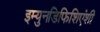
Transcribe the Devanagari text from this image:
इम्युनडिफिशिएंशी